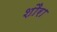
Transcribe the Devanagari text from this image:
शौरा